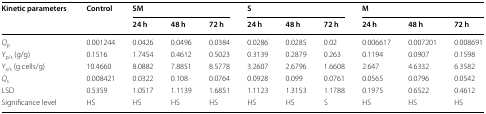
| <ROWSPAN=2> Kinetic parameters | <ROWSPAN=2> Control | <COLSPAN=3> SM | <COLSPAN=3> S | <COLSPAN=3> M |
 | 24 h | 48 h | 72 h | 24 h | 48 h | 72 h | 24 h | 48 h | 72 h |
 | --- | --- | --- | --- | --- | --- | --- | --- | --- | --- | --- |
 | Qp | 0.001244 | 0.0426 | 0.0496 | 0.0384 | 0.0286 | 0.0285 | 0.02 | 0.006617 | 0.007201 | 0.008691 |
 | Yp/s (g/g) | 0.1516 | 1.7454 | 0.4612 | 0.5023 | 0.3139 | 0.2879 | 0.263 | 0.1194 | 0.0907 | 0.1598 |
 | Yx/s (g cells/g) | 10.4660 | 8.0882 | 7.8851 | 8.5778 | 3.2607 | 2.6796 | 1.6608 | 2.647 | 4.6332 | 6.3582 |
 | Qs | 0.008421 | 0.0322 | 0.108 | 0.0764 | 0.0928 | 0.099 | 0.0761 | 0.0565 | 0.0796 | 0.0542 |
 | LSD | 0.5359 | 1.0517 | 1.1139 | 1.6851 | 1.1123 | 1.3153 | 1.1788 | 0.1975 | 0.6522 | 0.4612 |
 | Significance level | HS | HS | HS | HS | HS | HS | S | HS | HS | HS |